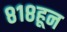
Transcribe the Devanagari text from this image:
८१८हून